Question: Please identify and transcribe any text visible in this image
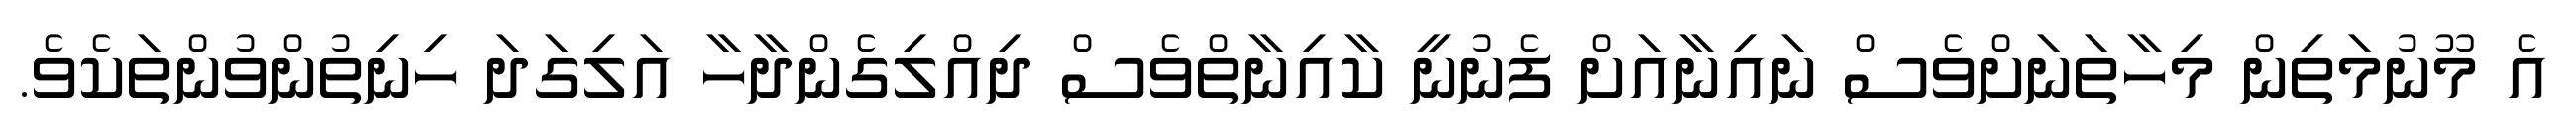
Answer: އެ މޫނުމަތިން މިހާތަނަށްވެސް ނައިނާއަށް ފެނުނީ ކާއިނާތްވެސް ދިއްލިގެންދާހާ އަލިގަދަ ހިނިތުންވުންތަކެވެ.